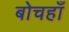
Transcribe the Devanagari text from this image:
बोचहाँ